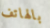
بالهاتف